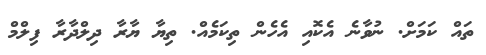
ތައް ކަމަށް. ނުވާނެ އެކޮއި އެހެން ތިކަމެއް. ތިޔާ ޔާރާ ދިލްދާރާ ފިލްމް